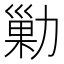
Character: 勦